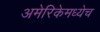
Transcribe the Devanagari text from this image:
अमेरिकेमध्येच